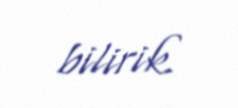
bilirik.